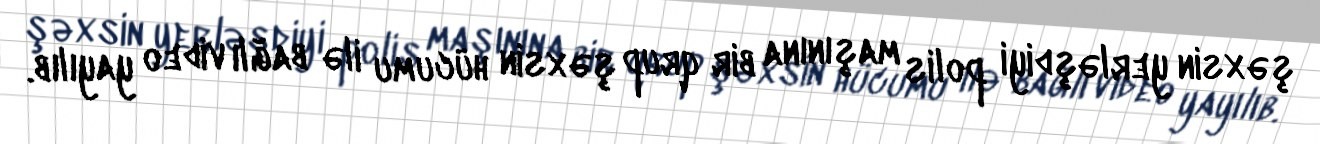
şəxsin yerləşdiyi polis maşınına bir qrup şəxsin hücumu ilə bağlı video yayılıb.